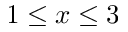
1 \leq x \leq 3